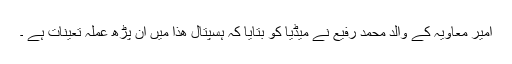
امیر معاویہ کے والد محمد رفیع نے میڈیا کو بتایا کہ ہسپتال ھذا میں ان پڑھ عملہ تعینات ہے ۔